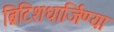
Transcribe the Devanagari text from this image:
ब्रिटिशधार्जिण्या